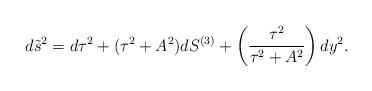
LaTeX: \begin{align*}d\tilde s^2= d\tau^2 + (\tau^2+A^2) dS^{(3)} + \left({\tau^2 \over \tau^2+A^2}\right) dy^2.\end{align*}